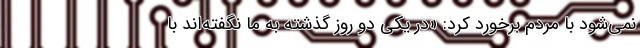
نمی‌شود با مردم برخورد کرد: «در یکی دو روز گذشته به ما نگفته‌اند با